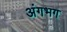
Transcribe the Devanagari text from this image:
अंगभग